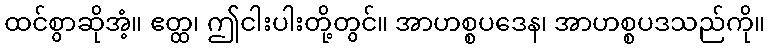
ထင်စွာဆိုအံ့။ ဧတ္ထ၊ ဤငါးပါးတို့တွင်။ အာဟစ္စပဒေန၊ အာဟစ္စပဒသည်ကို။